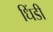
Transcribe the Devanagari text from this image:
धिंडी